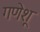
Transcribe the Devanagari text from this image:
गणेशू